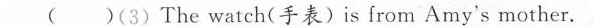
( )(3) The watch(手表)is from Amy's mother. ( )